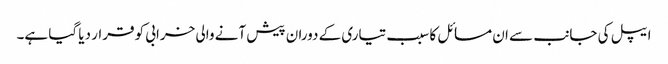
ایپل کی جانب سے ان مسائل کا سبب تیاری کے دوران پیش آنے والی خرابی کو قرار دیا گیا ہے۔